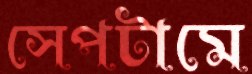
সেপটামে